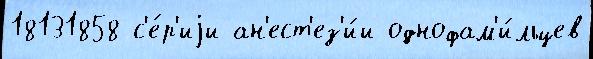
18131858 с'е́р'иjи ан'ест'ез'и́и однофам'и́льцев